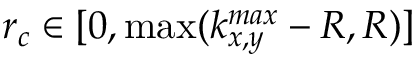
r _ { c } \in [ 0 , \operatorname* { m a x } ( k _ { x , y } ^ { m a x } - R , R ) ]